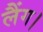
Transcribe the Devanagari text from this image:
लैंग।